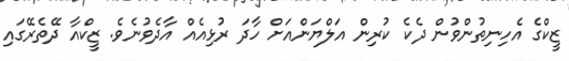
ޒީކްގެ އެހިނިތުންވުން ދެކެ ކުރިން އަލްޔަންއަށް ހާދަ ރުޅިއެއް އާދެވުނެވެ. ޒީކްއާ ދޭތެރޭގައި